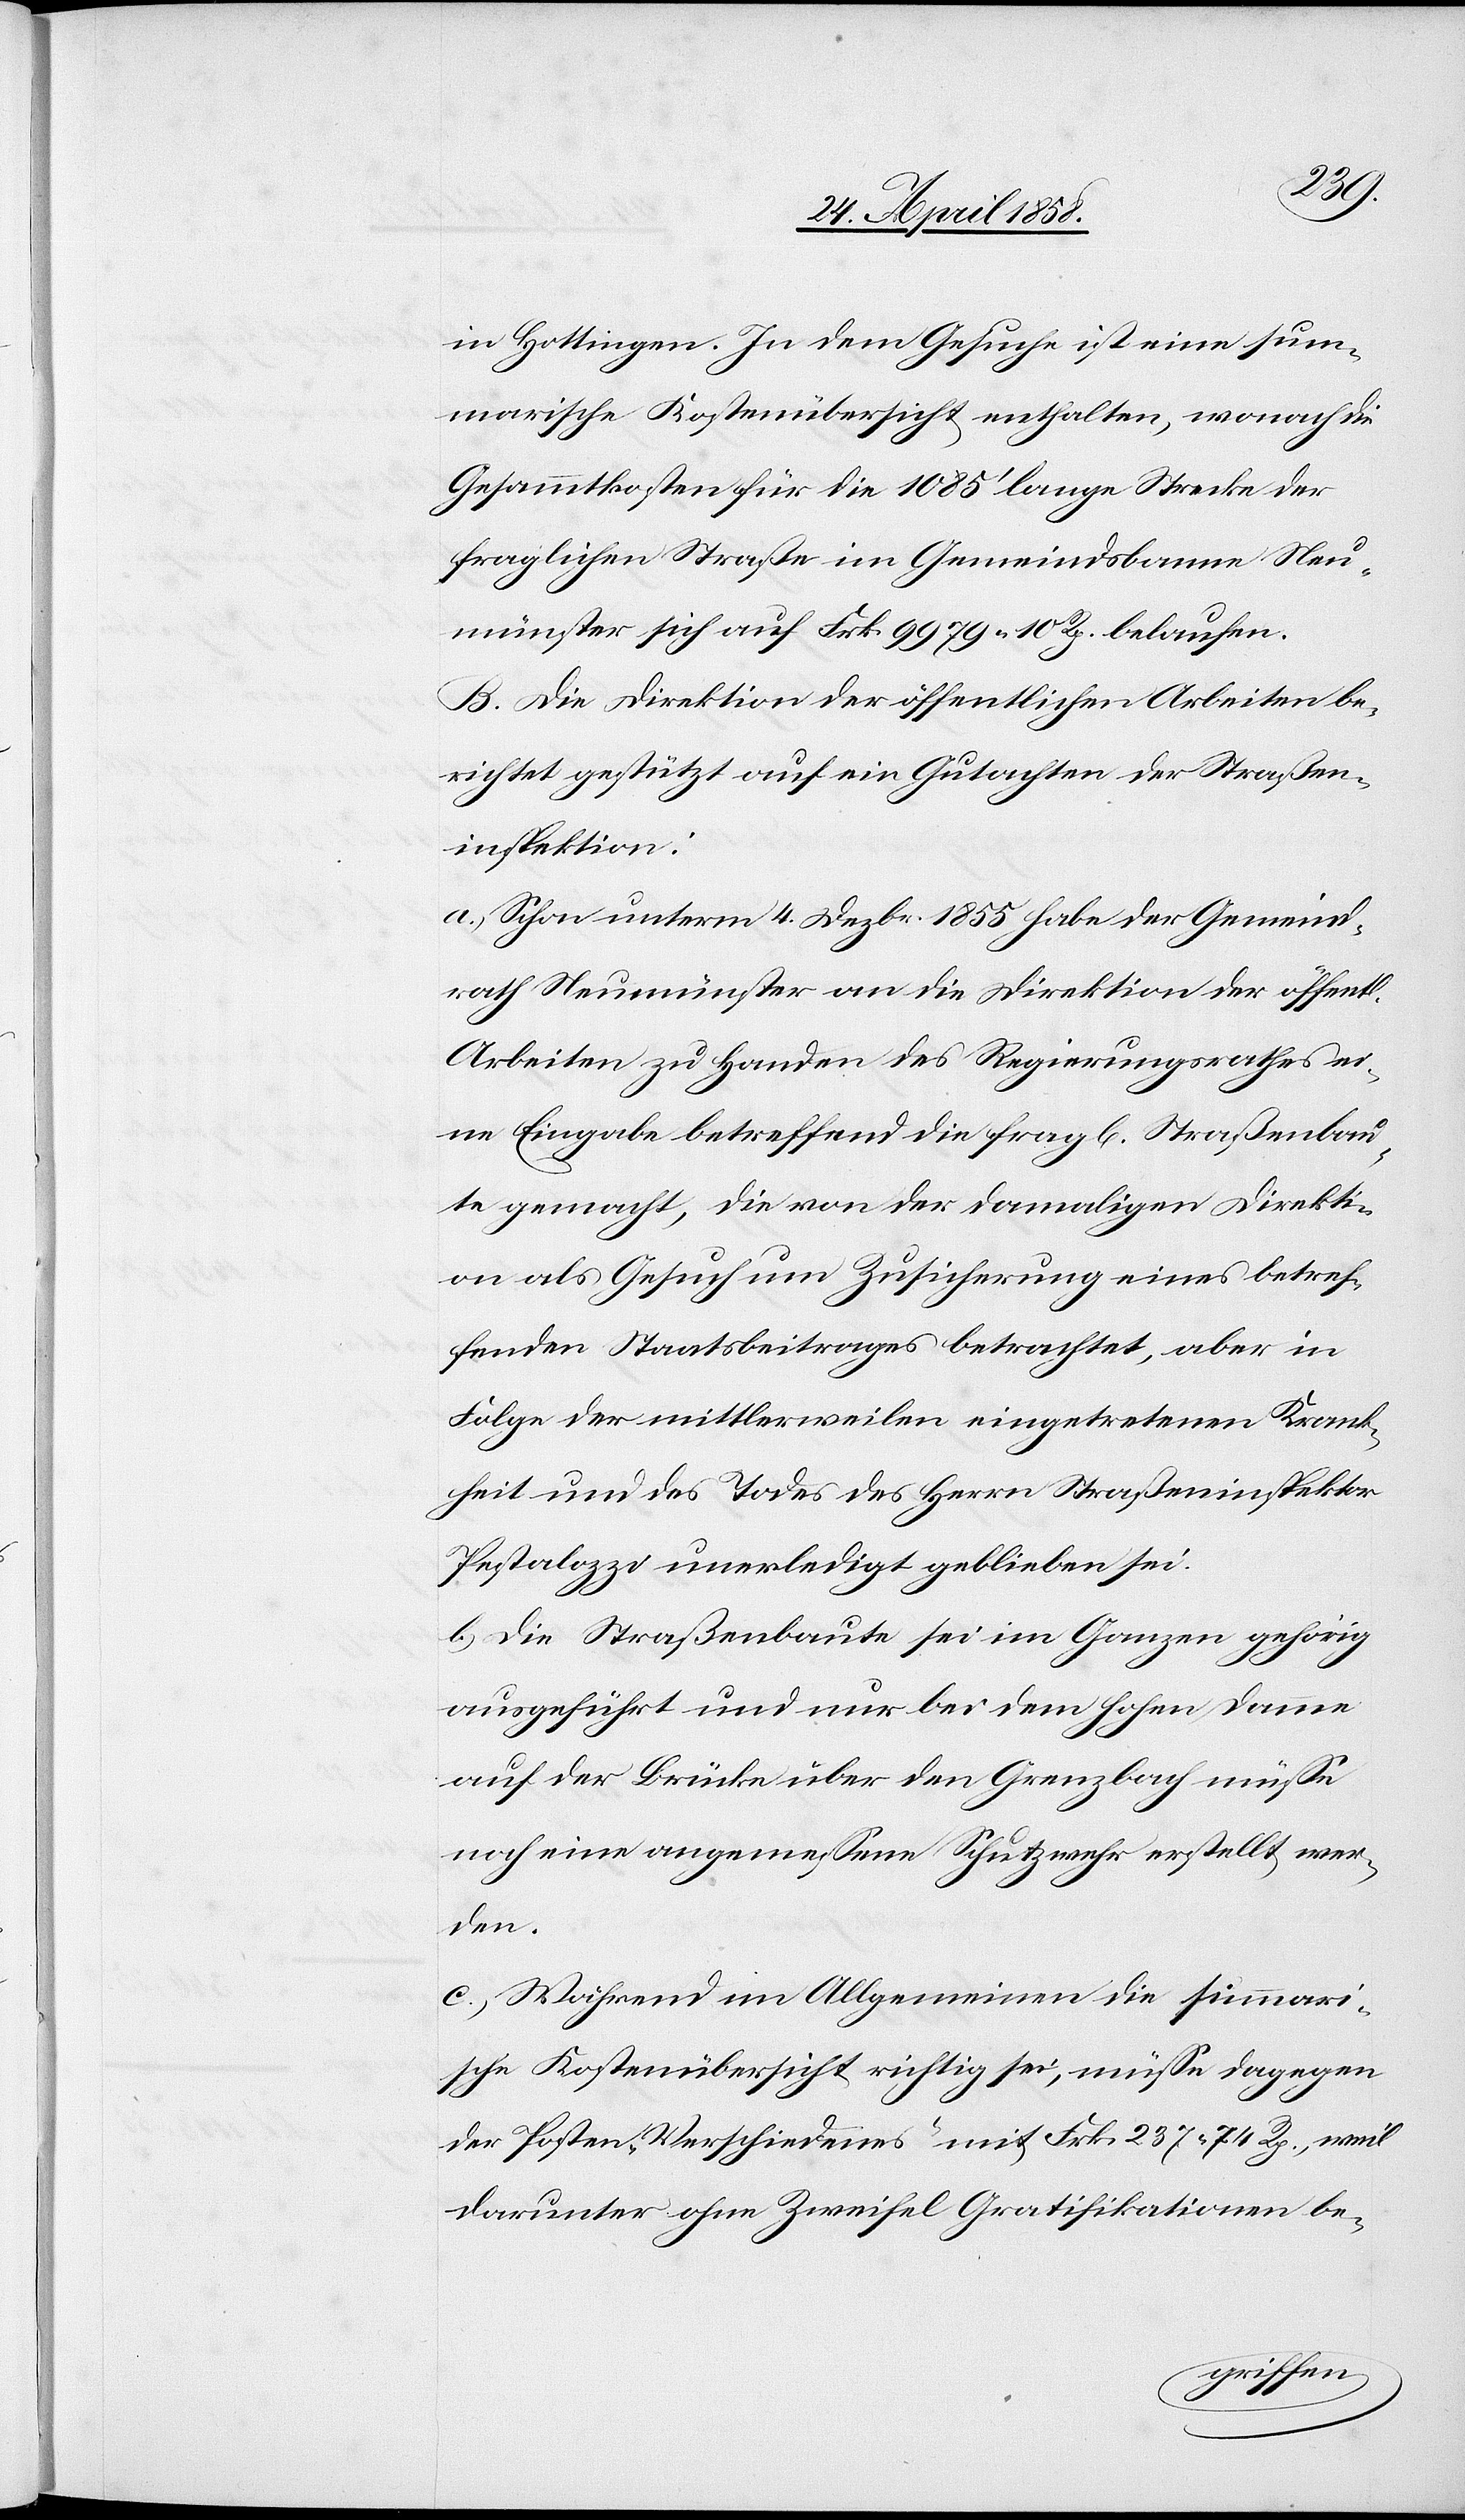
in Hottingen. In dem Gesuche ist eine sum¬
marische Kostenübersicht enthalten, wonach die
Gesammtkosten für die 1858’ lange Strecke der
fraglichen Straße im Gemeindsbann Neu¬
münster sich auf Frk. 9979 10 Rp. belaufen.
B. Die Direktion der öffentlichen Arbeiten be¬
richtet gestützt auf ein Gutachten der Straßen
Inspektion:
a. Schon unterm 4. Dezbr. 1855 habe der Gemeind¬
rath Neumünster an die Direktion der öffentl.
Arbeiten zu Handen des Regierungsrathes ei¬
ne Eingabe betreffend die frag[lichen] Straßenbau¬
ten gemacht, die von der damaligen Direkti¬
on als Gesuch um Zusicherung eines Betref¬
fenden Staatsbeitrages betrachte, aber in
Folge der mittlerweilen eingetretenen Krank¬
heit und des Todes des Herrn Straßeninspektor
Pestalozzi unerledigt geblieben sei.
b. Die Straßenbaute sei im Ganzen gehörig
ausgeführt und nur bei dem hohen Damme
auf der Brücke über den Grenzbach müsse
noch eine angemessene Schutzwehr erstellt wer¬
den.
c. Während im Allgemeinen die summari¬
sche Kostenübersicht richtig sei, müsse dagegen
der Posten „Verschiedenes“ mit Frk. 237 74 Rp., weil
darunter ohne Zweifel Gratifikationen be-